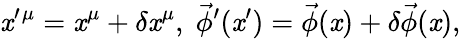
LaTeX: \mathit{x}^{\prime}{}^{\mu}=\mathit{x}^{\mu}+\delta\mathit{x}^{\mu},\; \vec{{\phi}}^{\prime}(\mathit{x}^{\prime})=\vec{{\phi}}(\mathit{x})+\delta\vec{{\phi}}(\mathit{x}),